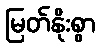
မြတ်နိုးစွာ